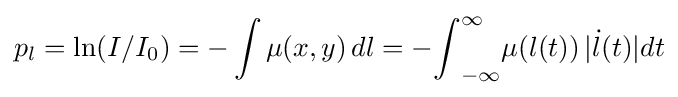
{\begin{aligned}p_{l}=\ln(I/I_{0})=-\int \mu (x,y)\,dl=-{\int }_{-\infty }^{\infty }\mu (l(t))\,|{\dot {l}}(t)|dt\end{aligned}}